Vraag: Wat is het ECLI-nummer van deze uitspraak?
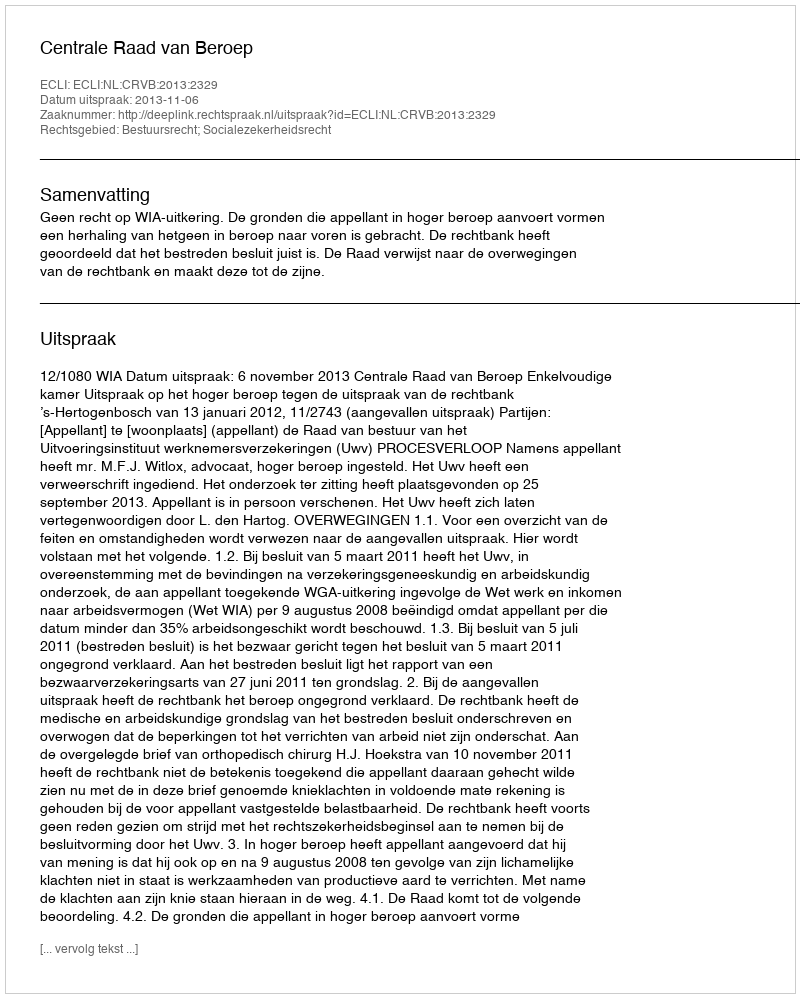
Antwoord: ECLI:NL:CRVB:2013:2329